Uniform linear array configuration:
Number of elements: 48
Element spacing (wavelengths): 0.75
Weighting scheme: hann
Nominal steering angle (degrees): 0
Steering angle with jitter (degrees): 0.2672
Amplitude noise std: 0.05
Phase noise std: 0.05

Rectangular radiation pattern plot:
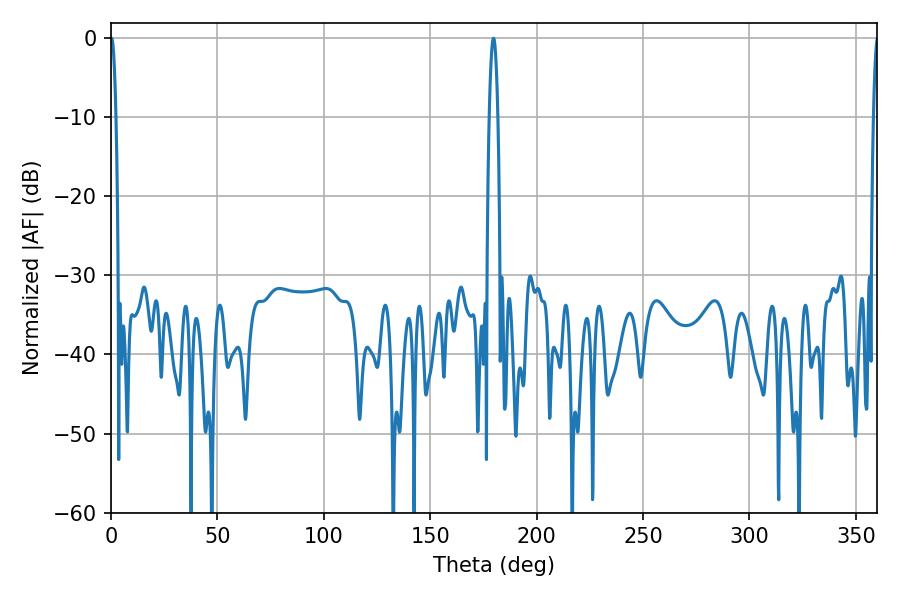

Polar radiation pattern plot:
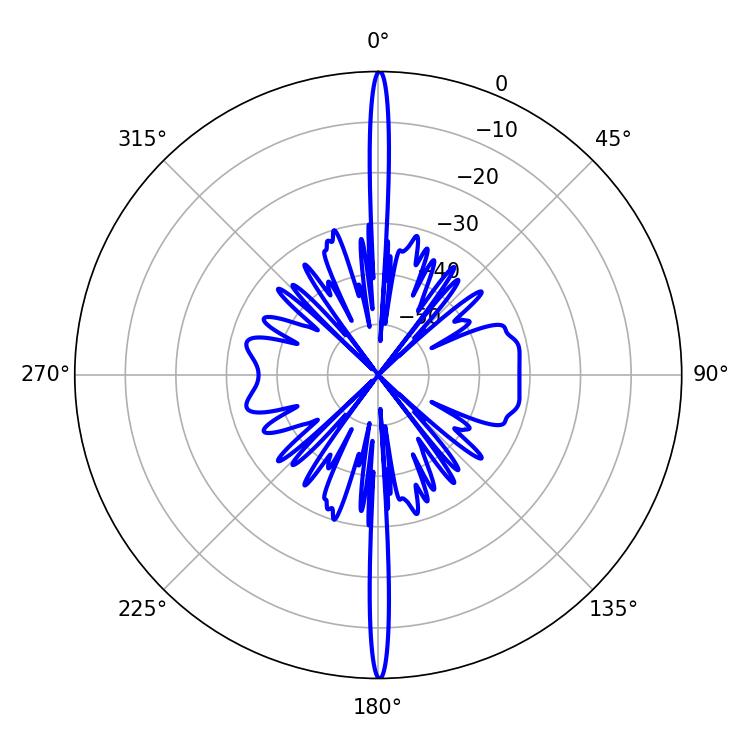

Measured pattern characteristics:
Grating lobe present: TRUE
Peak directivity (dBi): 35.264
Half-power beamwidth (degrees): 1.44
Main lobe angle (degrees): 0.18